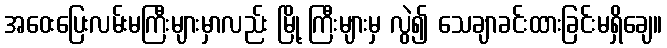
အဝေးပြေးလမ်းမကြီးများမှာလည်း မြို့ ကြီးများမှ လွဲ၍ သေချာခင်းထားခြင်းမရှိချေ။